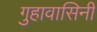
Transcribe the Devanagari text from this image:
गुहावासिनी